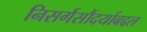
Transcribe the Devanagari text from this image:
निसर्गसौंदर्याबद्दल